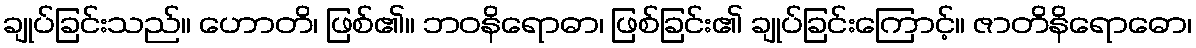
ချုပ်ခြင်းသည်။ ဟောတိ၊ ဖြစ်၏။ ဘဝနိရောဓာ၊ ဖြစ်ခြင်း၏ ချုပ်ခြင်းကြောင့်။ ဇာတိနိရောဓော၊